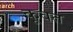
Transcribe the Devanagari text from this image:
कूवत